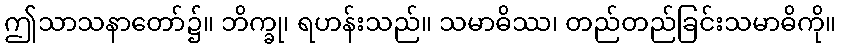
ဤသာသနာတော်၌။ ဘိက္ခု၊ ရဟန်းသည်။ သမာဓိဿ၊ တည်တည်ခြင်းသမာဓိကို။